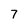
Character: 7